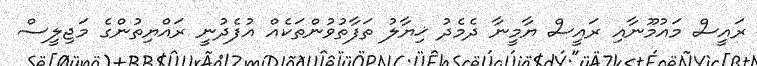
ރައީސް މައުމޫނާއި ރައީސް ޔާމީނާ ދެމެދު ޚިޔާލު ތަފާތުވުންތަކެއް އުފެދުނީ ރައްޔިތުންގެ މަޖިލީސް